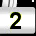
Digit: 2